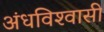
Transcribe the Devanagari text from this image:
अंधविश्‍वासी